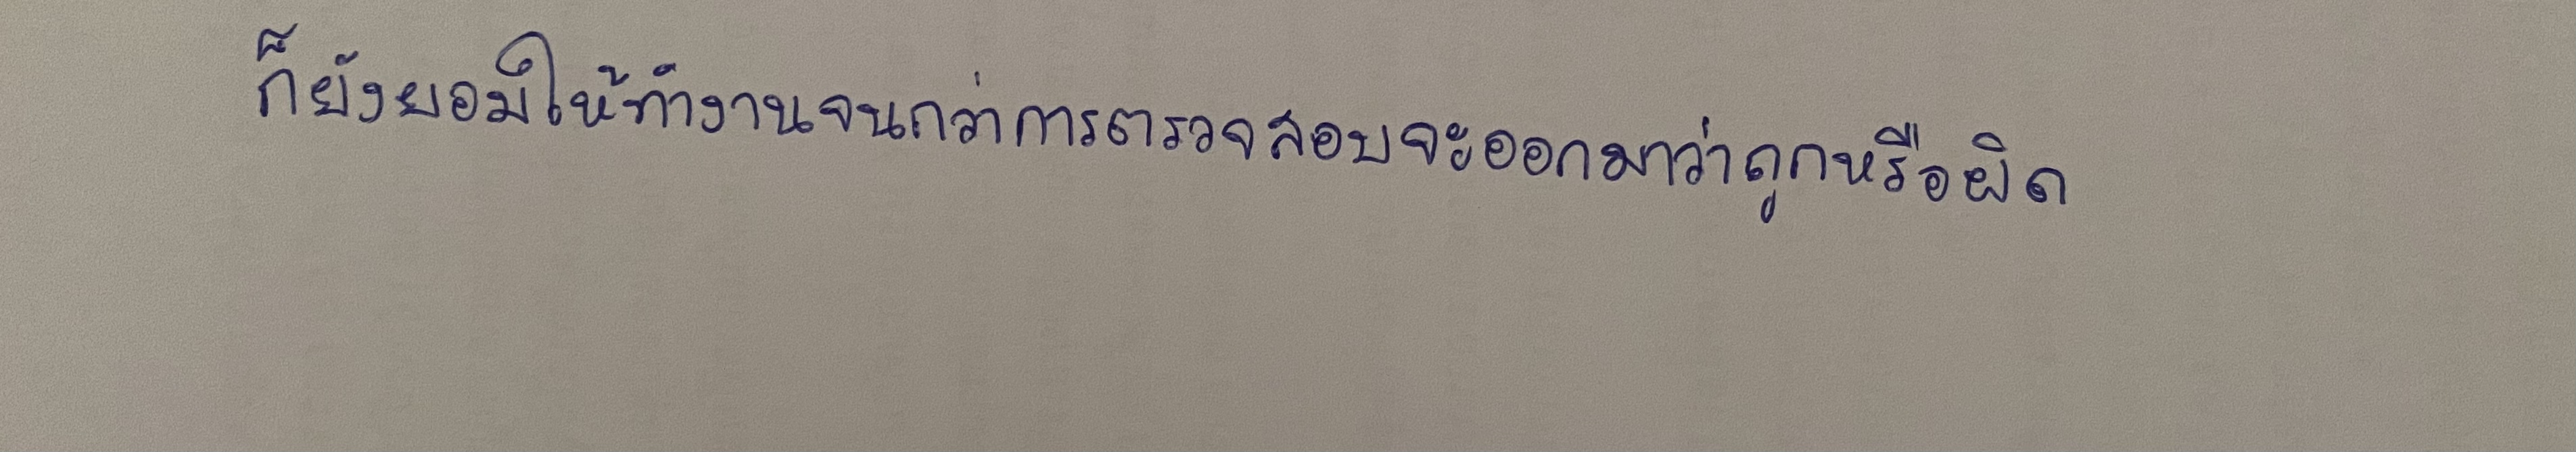
ก็ยังยอมให้ทำงานจนกว่าการตรวจสอบจะออกมาว่าถูกหรือผิด